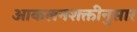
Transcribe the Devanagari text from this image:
आकलनशक्तीनुसार